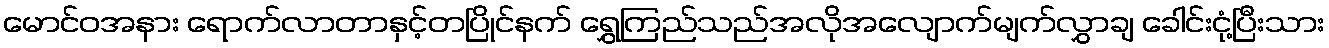
မောင်ဝအနား ရောက်လာတာနှင့်တပြိုင်နက် ရွှေကြည်သည်အလိုအလျောက်မျက်လွှာချ ခေါင်းငုံ့ပြီးသား